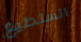
اتستطيع